画像に写った文字を読んでください
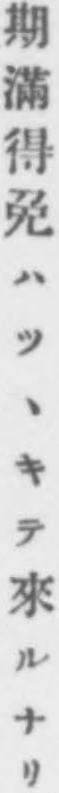
「期滿得免ハツヽキテ來ルナリ」と書いてあります